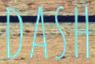
DASH